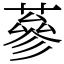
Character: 蔘